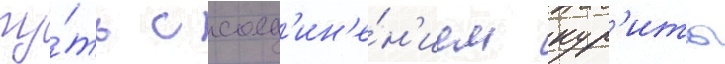
пу́ть с соед'ин'е́н'ием кур'иты